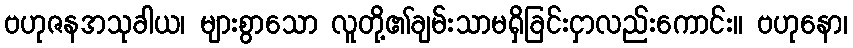
ဗဟုဇနအသုခါယ၊ များစွာသော လူတို့၏ချမ်းသာမရှိခြင်းငှာလည်းကောင်း။ ဗဟုနော၊